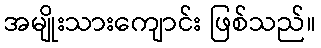
အမျိုးသားကျောင်း ဖြစ်သည်။